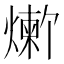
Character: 𬋆